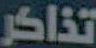
تذاكر